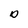
Character: D